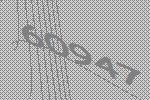
60947